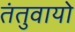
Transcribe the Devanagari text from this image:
तंतुवायो